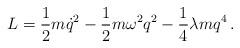
LaTeX: \begin{align*}L=\frac12 m\dot q^2 -\frac12 m\omega^2 q^2 -\frac14\lambda m q^4\,.\end{align*}